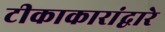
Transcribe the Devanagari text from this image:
टीकाकारांद्वारे